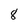
Character: 8